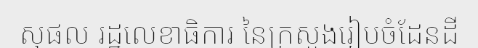
សុផល រដ្ឋលេខាធិការ នៃក្រសួងរៀបចំដែនដី